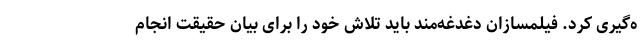
ه‌گیری کرد. فیلمسازان دغدغه‌مند باید تلاش خود را برای بیان حقیقت انجام